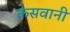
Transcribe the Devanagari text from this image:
केसवानी